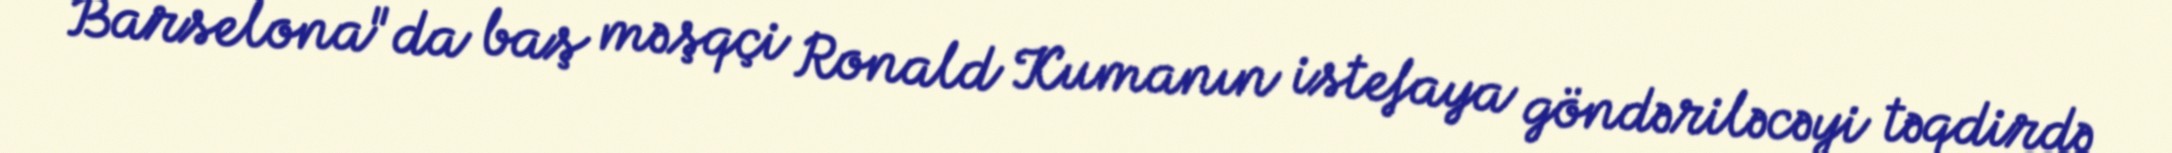
Barselona"da baş məşqçi Ronald Kumanın istefaya göndəriləcəyi təqdirdə